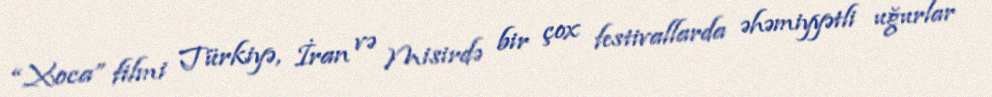
“Xoca” filmi Türkiyə, İran və Misirdə bir çox festivallarda əhəmiyyətli uğurlar